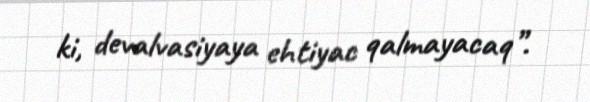
ki, devalvasiyaya ehtiyac qalmayacaq”.